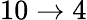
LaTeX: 10\rightarrow 4